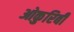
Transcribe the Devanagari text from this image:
ओकुरिबी